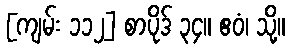
[ကျမ်း ၁၁၂] စာပိုဒ် ၃၄။ ဧဝံ၊ သို့။